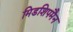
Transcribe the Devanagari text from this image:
मिडशिपमैन